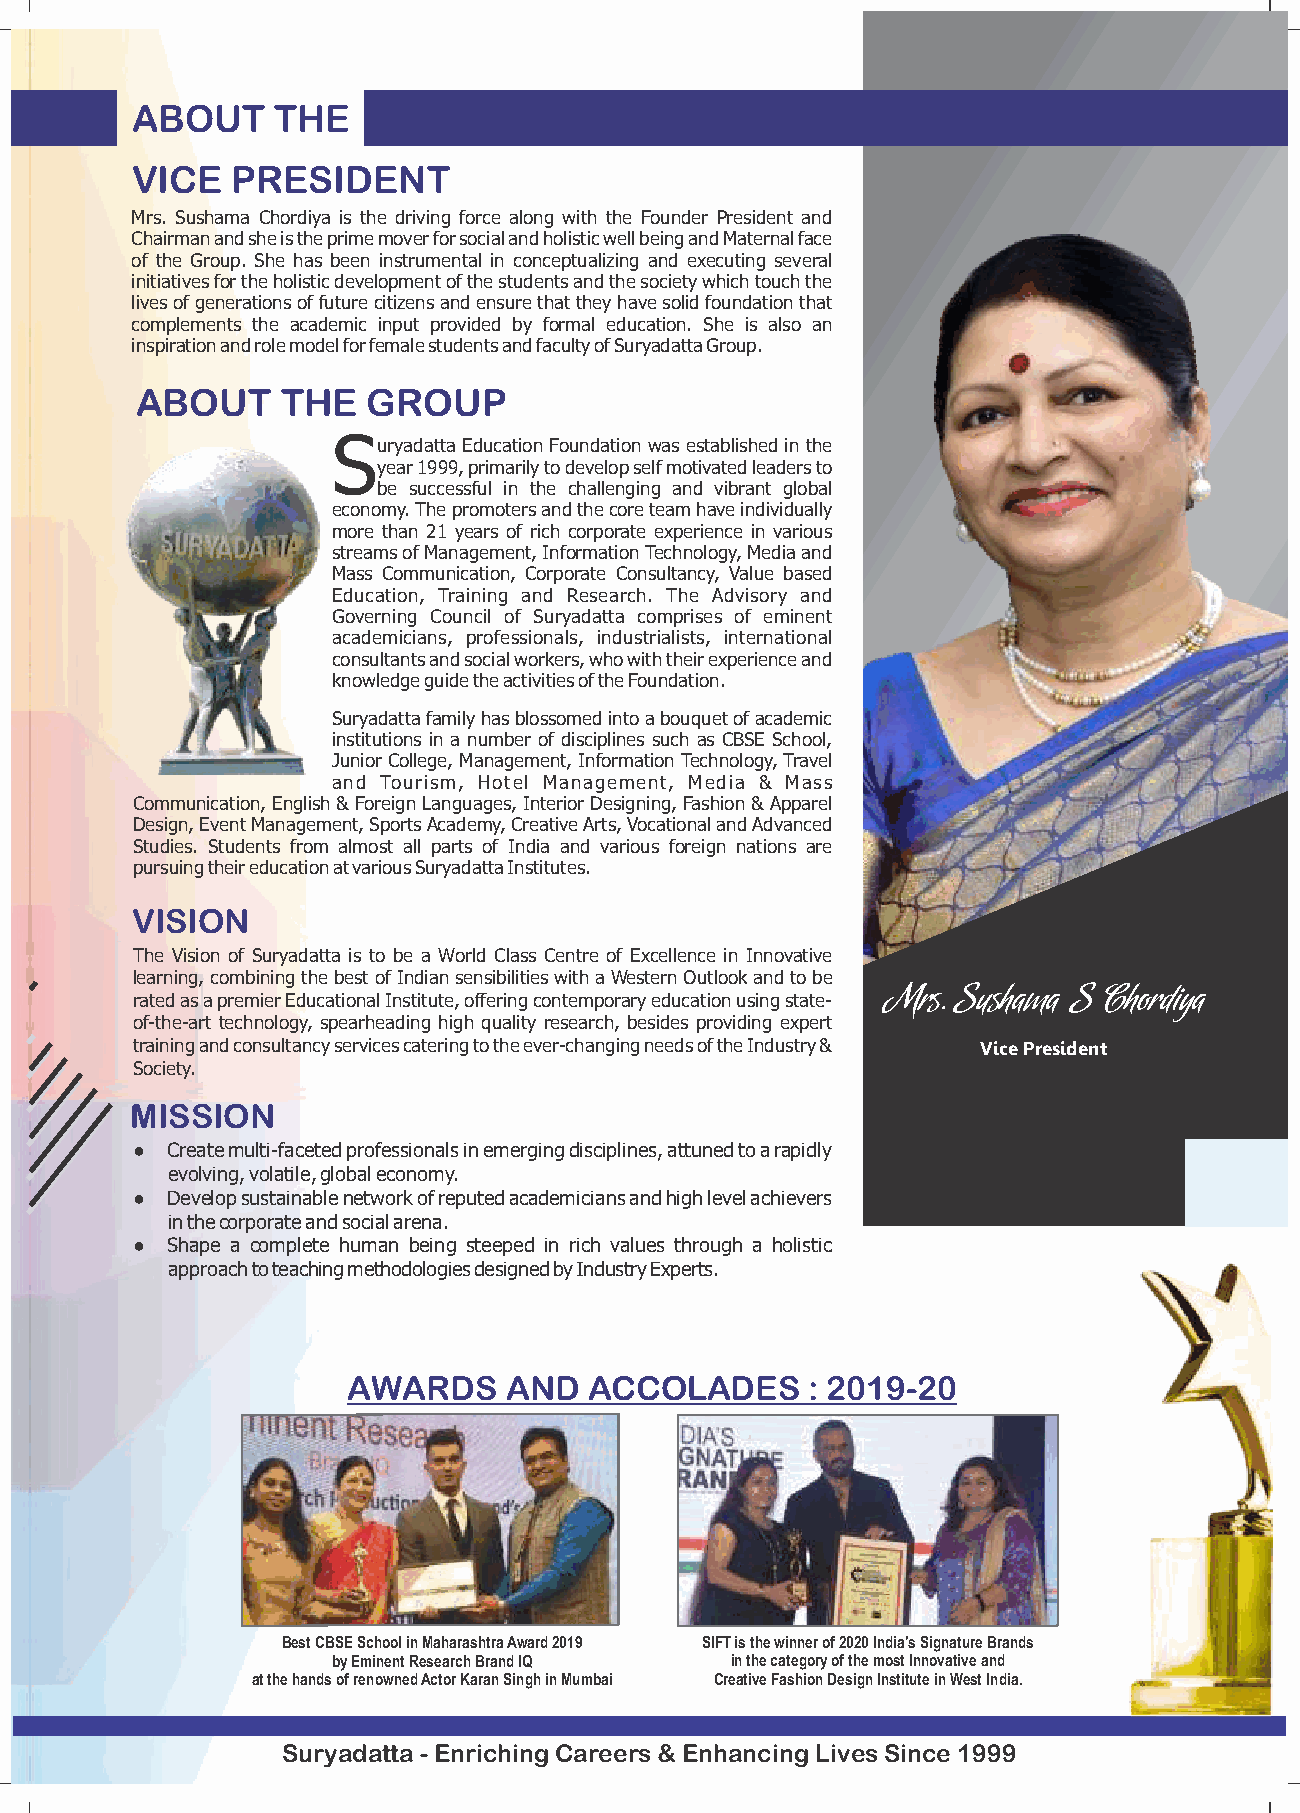
ABOUT    THE
 VICE  PRESIDENT
 Mrs. Sushama Chordiya is the driving force along with the Founder President and
 Chairman and she is the prime mover for social and holistic well being and Maternal face
 of the Group. She has been instrumental in conceptualizing and executing several
 initiatives for the holistic development of the students and the society which touch the
 lives of generations of future citizens and ensure that they have solid foundation that
 complements the academic input provided by formal education. She is also an
 inspiration and role model for female students and faculty of Suryadatta Group.
 ABOUT     THE  GROUP
 S
 uryadatta Education Foundation was established in the
 year 1999, primarily to develop self motivated leaders to
 be successful in the challenging and vibrant global
 economy. The promoters and the core team have individually
 more than 21 years of rich corporate experience in various
 streams of Management, Information Technology, Media and
 Mass Communication, Corporate Consultancy, Value based
 Education, Training and Research. The Advisory and
 Governing Council of Suryadatta comprises of eminent
 academicians, professionals, industrialists, international
 consultants and social workers, who with their experience and
 knowledge guide the activities of the Foundation.
 Suryadatta family has blossomed into a bouquet of academic
 institutions in a number of disciplines such as CBSE School,
 Junior College, Management, Information Technology, Travel
 and Tourism, Hotel Management, Media & Mass
 Communication, English & Foreign Languages, Interior Designing, Fashion & Apparel
 Design, Event Management, Sports Academy, Creative Arts, Vocational and Advanced
 Studies. Students from almost all parts of India and various foreign nations are
 pursuing their education at various Suryadatta Institutes.
 VISION
 The Vision of Suryadatta is to be a World Class Centre of Excellence in Innovative
 learning, combining the best of Indian sensibilities with a Western Outlook and to be Mrs. Sushama S Chordiya
 rated as a premier Educational Institute, offering contemporary education using state-
 of-the-art technology, spearheading high quality research, besides providing expert
 training and consultancy services catering to the ever-changing needs of the Industry & Vice President
 Society.
 MISSION
 ● Create multi-faceted professionals in emerging disciplines, attuned to a rapidly
 evolving, volatile, global economy.
 ● Develop sustainable network of reputed academicians and high level achievers
 in the corporate and social arena.
 ● Shape a complete human being steeped in rich values through a holistic
 approach to teaching methodologies designed by Industry Experts.
 AWARDS    AND   ACCOLADES     : 2019-20
 Best CBSE School in Maharashtra Award 2019 SIFT is the winner of 2020 India's Signature Brands
 by Eminent Research Brand IQ in the category of the most Innovative and
 at the hands of renowned Actor Karan Singh in Mumbai Creative Fashion Design Institute in West India.
 Suryadatta - Enriching Careers & Enhancing Lives Since 1999